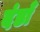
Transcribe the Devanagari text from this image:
दंडाँ